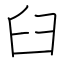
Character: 臼